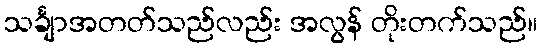
သင်္ချာအတတ်သည်လည်း အလွန် တိုးတက်သည်။